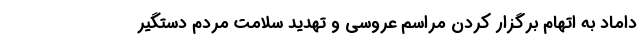
داماد به اتهام برگزار کردن مراسم عروسی و تهدید سلامت مردم دستگیر